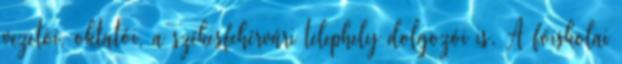
vezetõi, oktatói, a székesfehérvári telephely dolgozói is. A fõiskolai